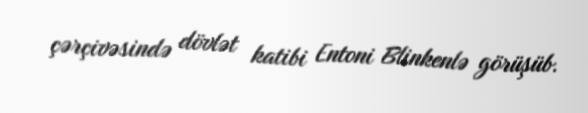
çərçivəsində dövlət katibi Entoni Blinkenlə görüşüb.